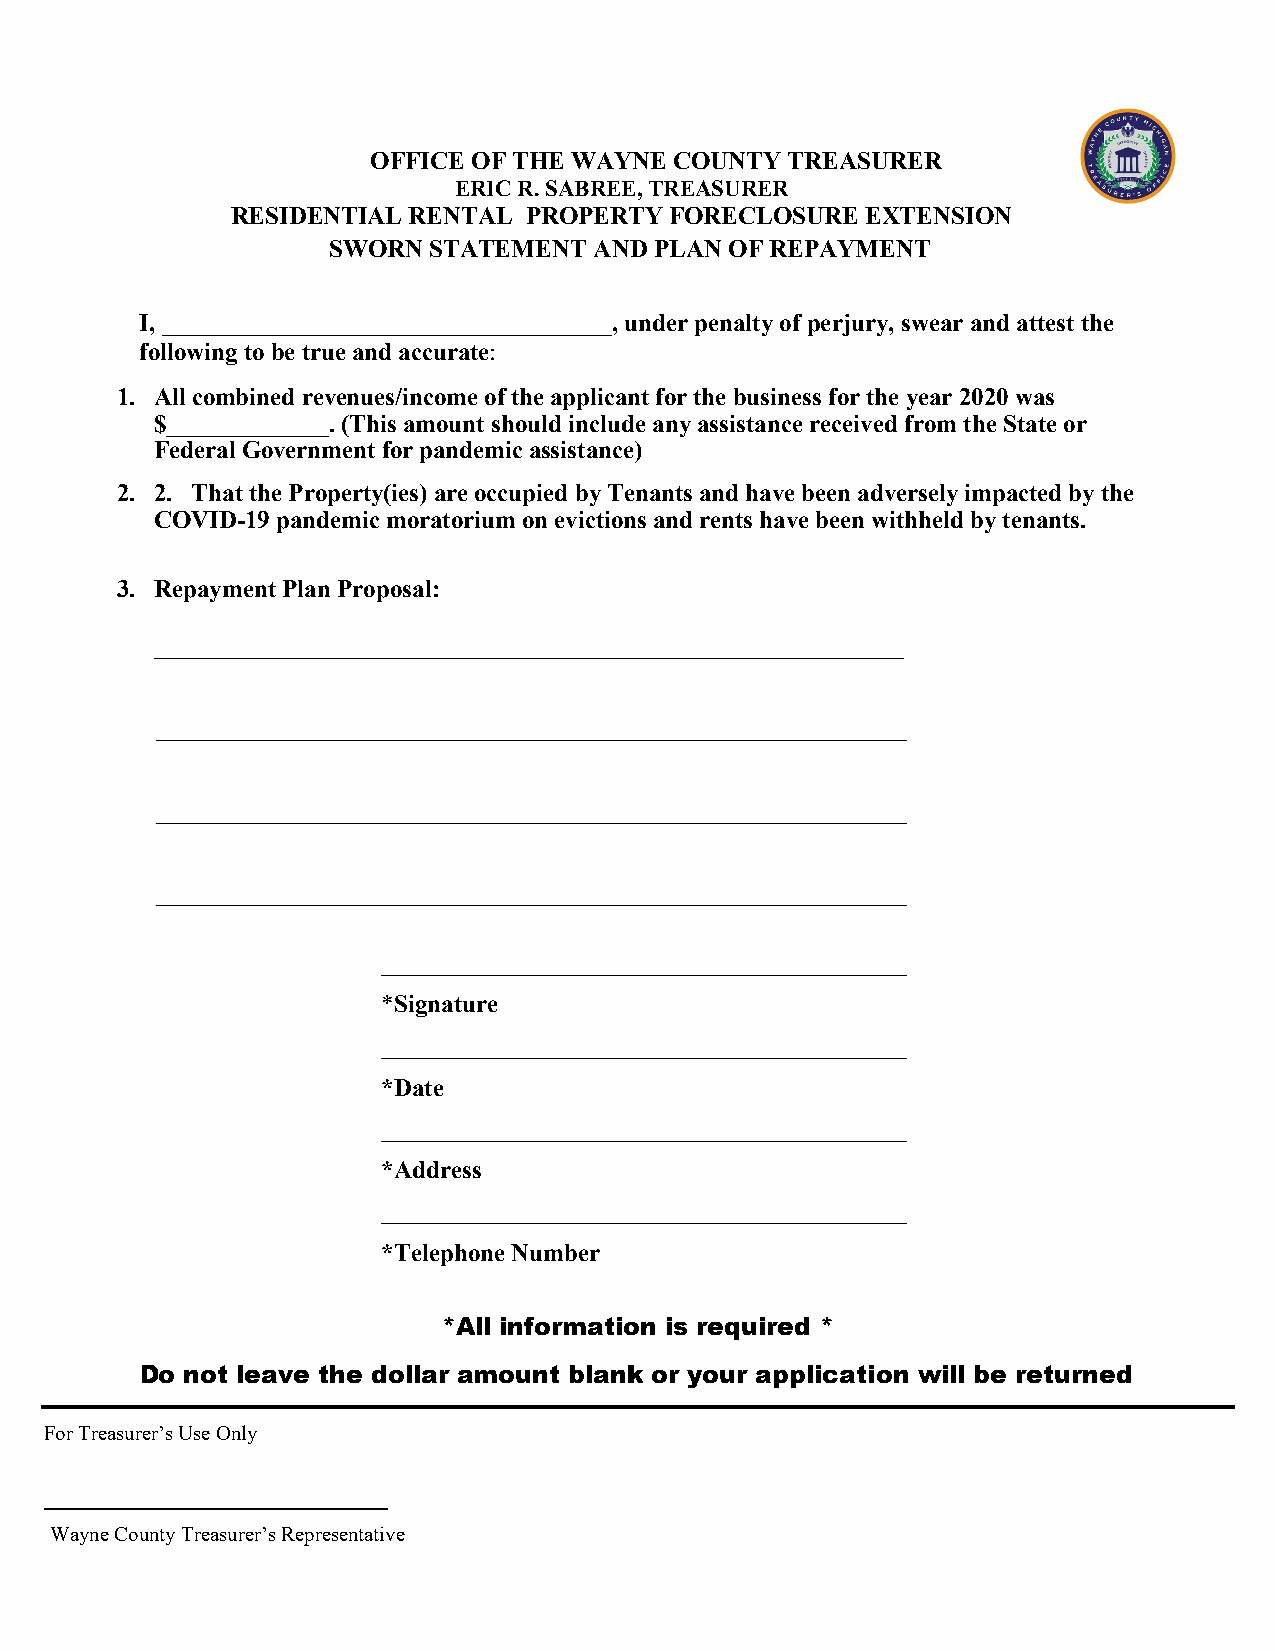
OFFICE OF THE WAYNE COUNTY TREASURER
 ERIC R. SABREE, TREASURER
 RESIDENTIAL RENTAL  PROPERTY FORECLOSURE  EXTENSION
 SWORN STATEMENT  AND PLAN OF REPAYMENT
 I, ____________________________________, under penalty of perjury, swear and attest the
 following to be true and accurate:
 1. All combined revenues/income of the applicant for the business for the year 2020 was
 $_____________. (This amount should include any assistance received from the State or
 Federal Government for pandemic assistance)
 2. 2. That the Property(ies) are occupied by Tenants and have been adversely impacted by the
 COVID-19 pandemic moratorium on evictions and rents have been withheld by tenants.
 3. Repayment Plan Proposal:
 ____________________________________________________________
 ____________________________________________________________
 ____________________________________________________________
 ____________________________________________________________
 __________________________________________
 *Signature
 __________________________________________
 *Date
 __________________________________________
 *Address
 __________________________________________
 *Telephone Number
 *All information is required *
 Do not leave the dollar amount blank or your application will be returned
 For Treasurer’s Use Only
 _________________________________
 Wayne County Treasurer’s Representative